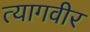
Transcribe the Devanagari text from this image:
त्यागवीर